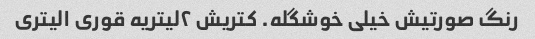
رنگ صورتیش خیلی خوشگله. کتریش ۲لیتریه قوری ۱لیتری